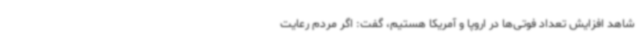
شاهد افزایش تعداد فوتی‌ها در اروپا و آمریکا هستیم، گفت: اگر مردم رعایت